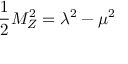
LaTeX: \frac { 1 } { 2 } M _ { Z } ^ { 2 } = \lambda ^ { 2 } - \mu ^ { 2 }